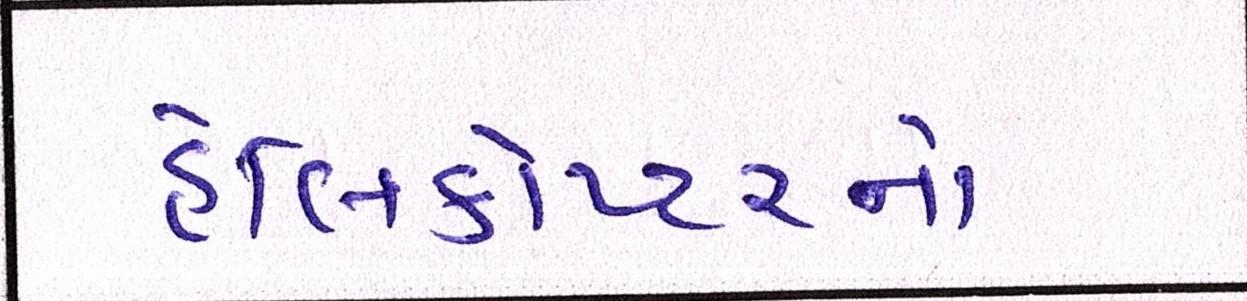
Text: હેલિકોપ્ટરનો